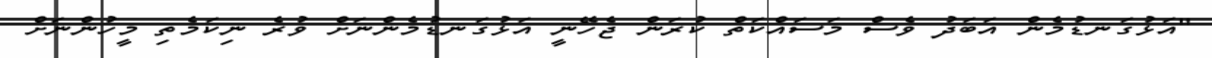
"އަޅުގަނޑުމެން އަބަދު ވެސް މަސައްކަތް ކުރަން ޖެހޭނީ އަޅުގަނޑުމެންނަށް ވުރެ ނިކަމެތި މީހުންނަށް